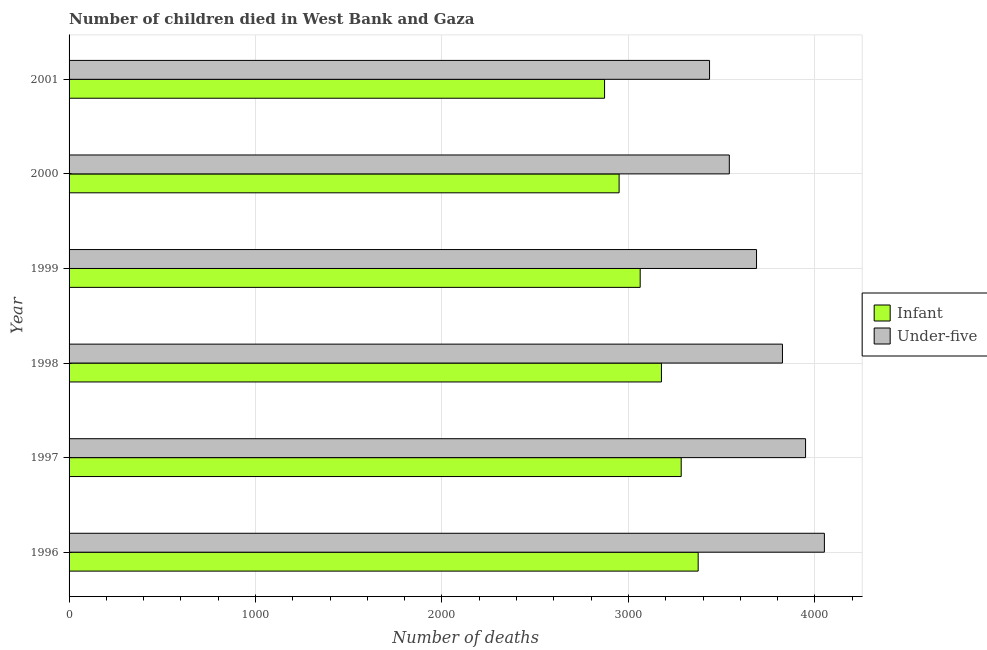
| Year | Infant | Under-five |
 | --- | --- | --- |
 | 1996 | 3.37e+03 | 4.05e+03 |
 | 1997 | 3.28e+03 | 3.95e+03 |
 | 1998 | 3.18e+03 | 3.83e+03 |
 | 1999 | 3.06e+03 | 3.69e+03 |
 | 2000 | 2.95e+03 | 3.54e+03 |
 | 2001 | 2.87e+03 | 3.44e+03 |